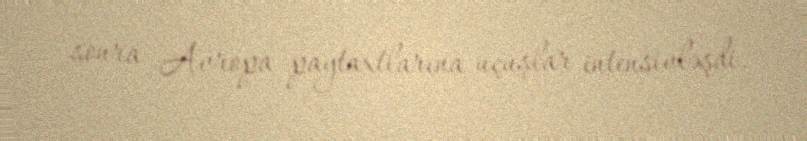
sonra Avropa paytaxtlarına uçuşlar intensivləşdi.